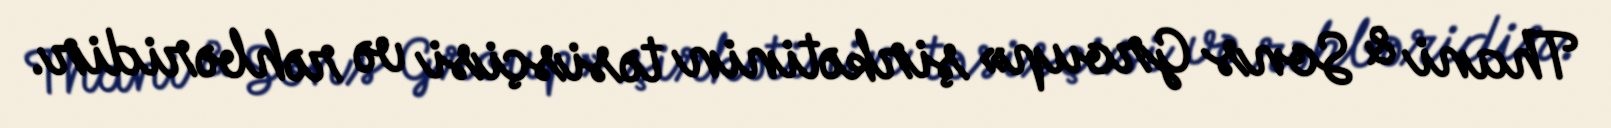
Thani & Sons Group» şirkətinin təsisçisi və rəhbəridir.